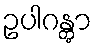
ဥပါဂန္တွာ